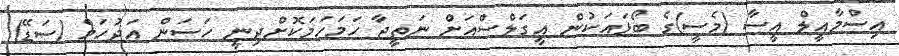
އިސްމާއީލް އީސާ (މެސީ)ގެ ބޯޅައަކުން އީގަލްސްއަށް ނަތީޖާ ހަމަހަމަކޮށްދިނީ ހަސަން އަދުހަމް (ސަޑޭ)